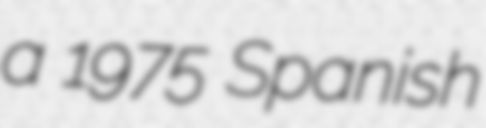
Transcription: a 1975 Spanish